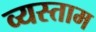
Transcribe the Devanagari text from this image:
व्यस्ताम